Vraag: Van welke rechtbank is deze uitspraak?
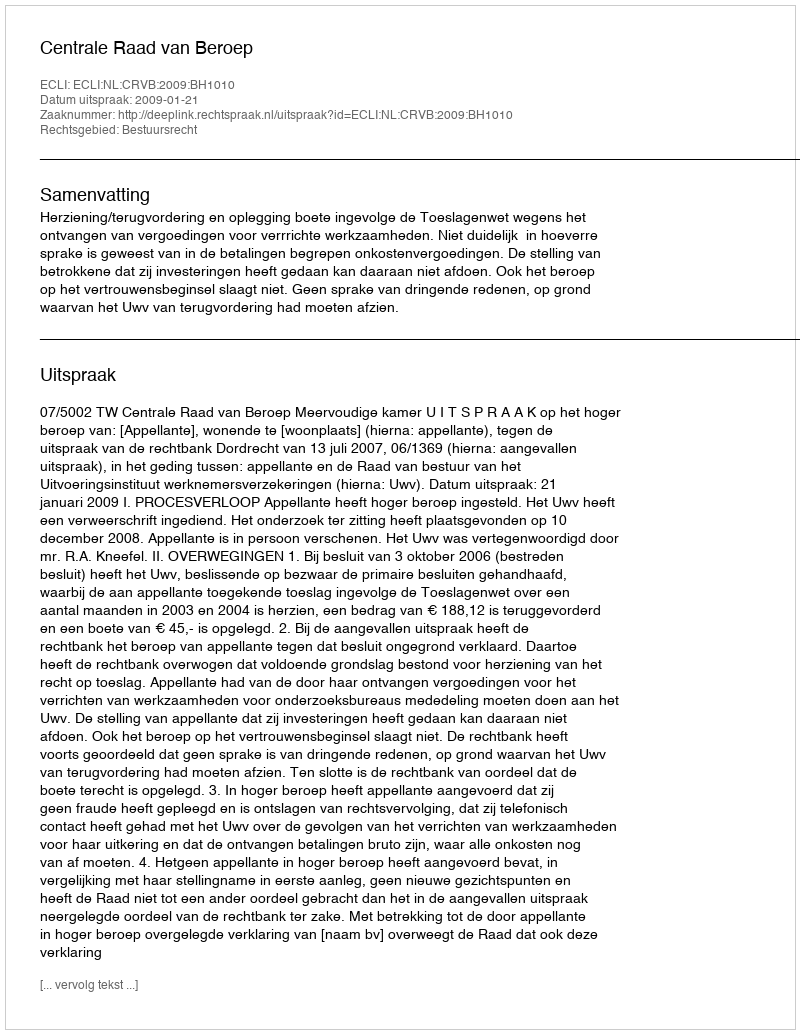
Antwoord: Centrale Raad van Beroep